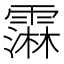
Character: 䨬